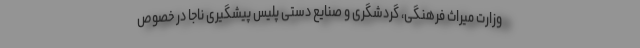
وزارت میراث فرهنگی، گردشگری و صنایع دستی پلیس پیشگیری ناجا در خصوص